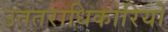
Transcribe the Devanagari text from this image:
उततराधिकारियों